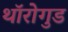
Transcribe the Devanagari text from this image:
थॉरोगुड